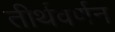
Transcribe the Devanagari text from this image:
तीर्थवर्णन